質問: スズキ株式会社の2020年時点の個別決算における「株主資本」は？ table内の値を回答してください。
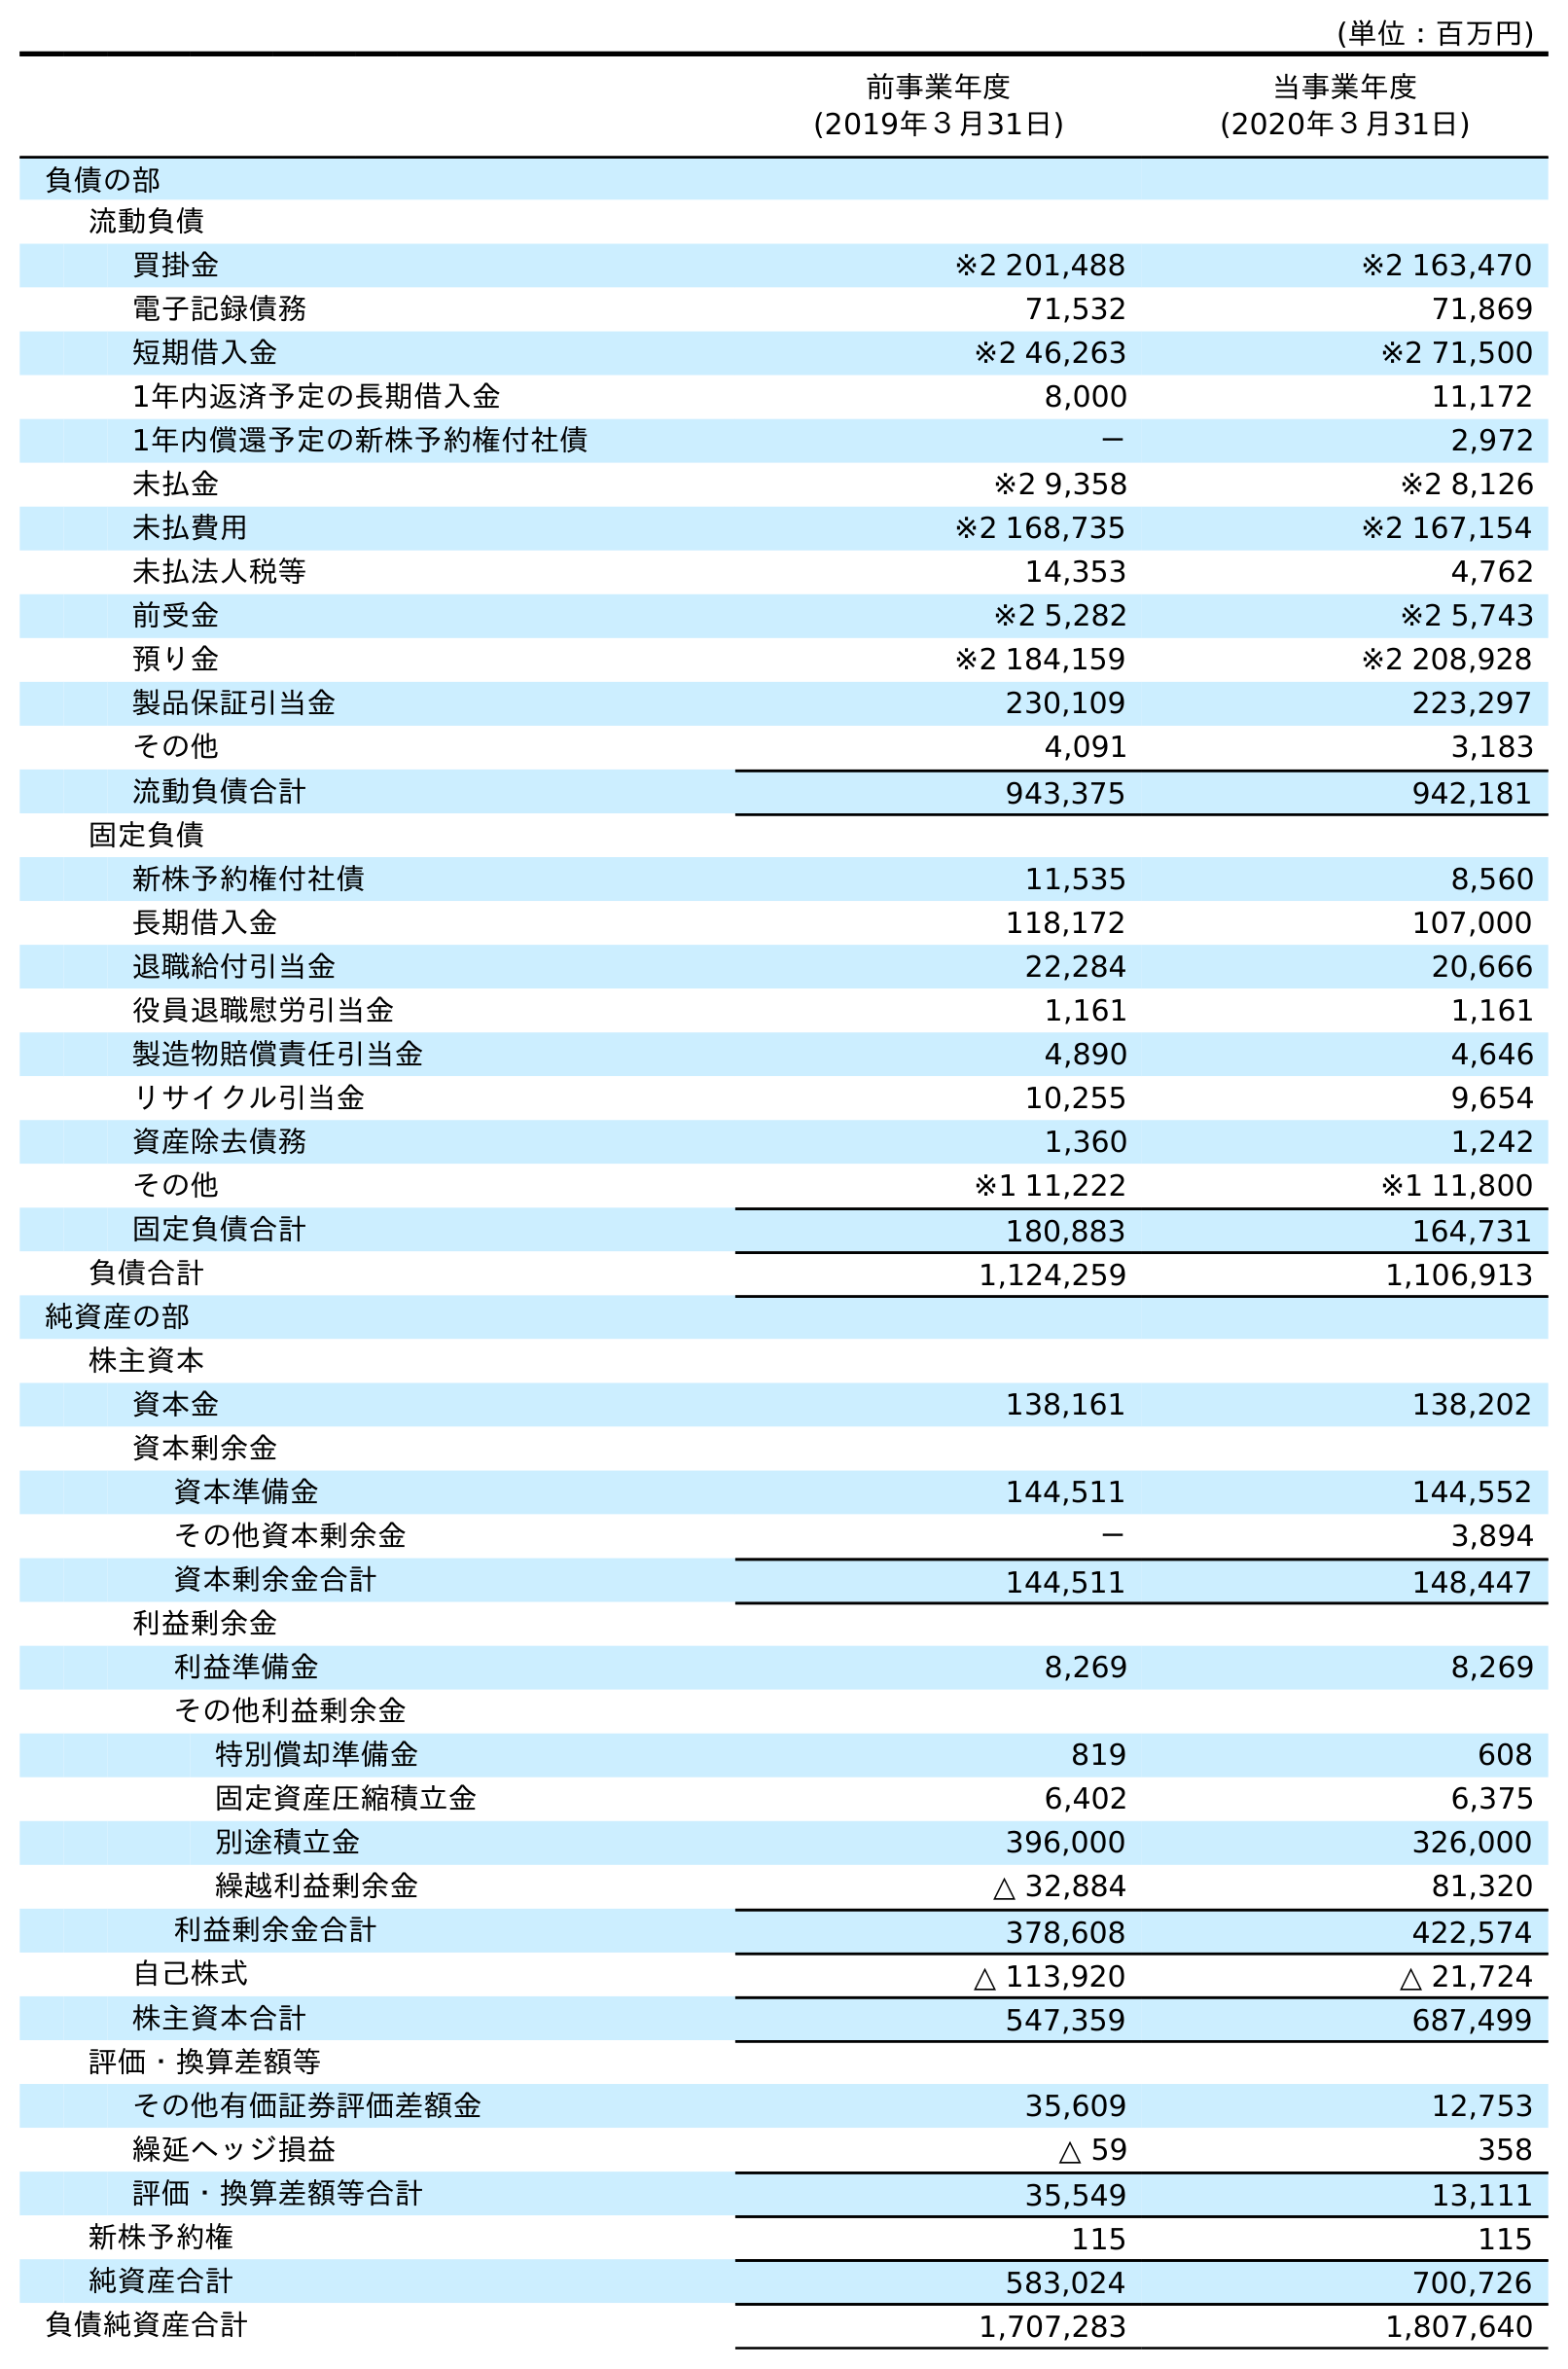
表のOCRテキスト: (単位：百万円) 前事業年度 (2019年３月31日) 当事業年度 (2020年３月31日) 負債の部 流動負債 買掛金 ※2 201,488 ※2 163,470 電子記録債務 71,532 71,869 短期借入金 ※2 46,263 ※2 71,500 1年内返済予定の長期借入金 8,000 11,172 1年内償還予定の新株予約権付社債 － 2,972 未払金 ※2 9,358 ※2 8,126 未払費用 ※2 168,735 ※2 167,154 未払法人税等 14,353 4,762 前受金 ※2 5,282 ※2 5,743 預り金 ※2 184,159 ※2 208,928 製品保証引当金 230,109 223,297 その他 4,091 3,183 流動負債合計 943,375 942,181 固定負債 新株予約権付社債 11,535 8,560 長期借入金 118,172 107,000 退職給付引当金 22,284 20,666 役員退職慰労引当金 1,161 1,161 製造物賠償責任引当金 4,890 4,646 リサイクル引当金 10,255 9,654 資産除去債務 1,360 1,242 その他 ※1 11,222 ※1 11,800 固定負債合計 180,883 164,731 負債合計 1,124,259 1,106,913 純資産の部 株主資本 資本金 138,161 138,202 資本剰余金 資本準備金 144,511 144,552 その他資本剰余金 － 3,894 資本剰余金合計 144,511 148,447 利益剰余金 利益準備金 8,269 8,269 その他利益剰余金 特別償却準備金 819 608 固定資産圧縮積立金 6,402 6,375 別途積立金 396,000 326,000 繰越利益剰余金 △ 32,884 81,320 利益剰余金合計 378,608 422,574 自己株式 △ 113,920 △ 21,724 株主資本合計 547,359 687,499 評価・換算差額等 その他有価証券評価差額金 35,609 12,753 繰延ヘッジ損益 △ 59 358 評価・換算差額等合計 35,549 13,111 新株予約権 115 115 純資産合計 583,024 700,726 負債純資産合計 1,707,283 1,807,640
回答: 687,499